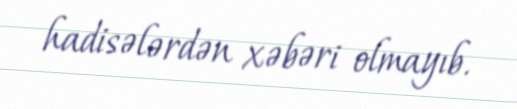
hadisələrdən xəbəri olmayıb.